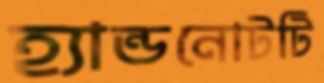
হ্যান্ডনোটটি